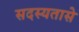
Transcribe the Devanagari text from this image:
सदस्यतासे